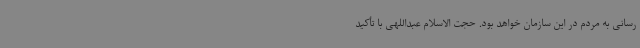
رسانی به مردم در این سازمان خواهد بود. حجت الاسلام عبداللهی با تأکید